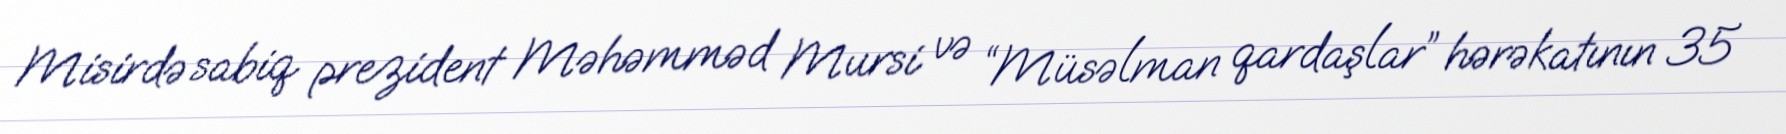
Misirdə sabiq prezident Məhəmməd Mursi və “Müsəlman qardaşlar” hərəkatının 35